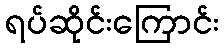
ရပ်ဆိုင်းကြောင်း